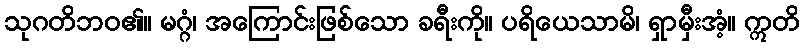
သုဂတိဘဝ၏။ မဂ္ဂံ၊ အကြောင်းဖြစ်သော ခရီးကို။ ပရိယေသာမိ၊ ရှာမှီးအံ့။ ဣတိ